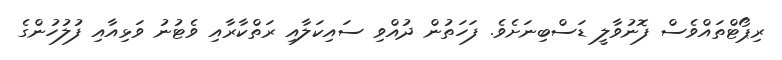
ރިޕޯޓްތައްވެސް ފޮނުވާލީ ޑަސްބިނަށެވެ. ފަހަތުން ދުއްވި ސައިކަލާއި ރަތްކާރާއި ވެޓުނު ވަޅިއާއި ފުލުހުންގެ